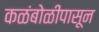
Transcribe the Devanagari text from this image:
कळंबोळीपासून